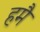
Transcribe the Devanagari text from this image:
हमै